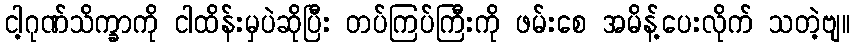
ငါ့ဂုဏ်သိက္ခာကို ငါထိန်းမှပဲဆိုပြီး တပ်ကြပ်ကြီးကို ဖမ်းစေ အမိန့်ပေးလိုက် သတဲ့ဗျ။